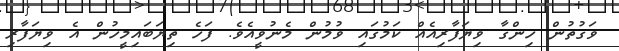
ވަގުތުން ހިންގާ ވިޔަފާރިއެއް ކަމުގައި ވުމުން މެނުވީއެވެ. ފަހެ ތިޔަބައިމީހުން އެ ވިޔަފާރި